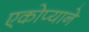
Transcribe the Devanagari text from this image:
एकोप्याने